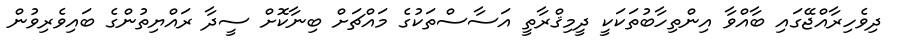
ދިވެހިރާއްޖޭގައި ބާއްވާ އިންތިހާބުތަކަކީ ދީމިޤްރާތީ އަސާސްތަކުގެ މައްޗަށް ބިނާކޮށް ސީދާ ރައްޔިތުންގެ ބައިވެރިވުން